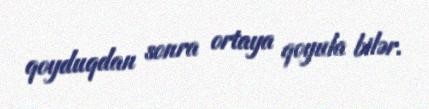
qoyduqdan sonra ortaya qoyula bilər.